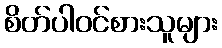
စိတ်ပါဝင်စားသူများ